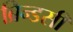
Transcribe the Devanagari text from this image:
ब्रिन्डसी